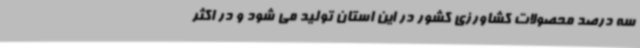
سه درصد محصولات کشاورزی کشور در این استان تولید می شود و در اکثر